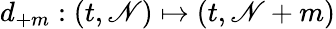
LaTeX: d_{+m}:(t,\mathscr{N})\mapsto(t,\mathscr{N}+m)